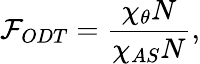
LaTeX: \mathcal{F}_{ODT}=\frac{\chi_{\theta}N}{\chi_{AS}N},